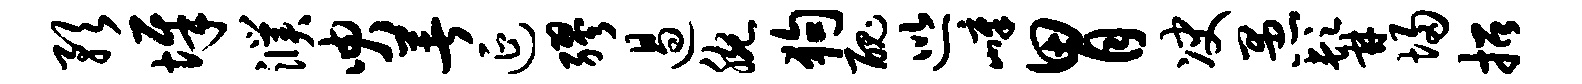
预墀濮臾著延缪遏腕狗丑巡嶂胃决愚髯埽招